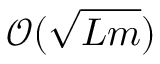
\mathcal { O } ( \sqrt { L m } )